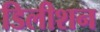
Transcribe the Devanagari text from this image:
डिलीशन